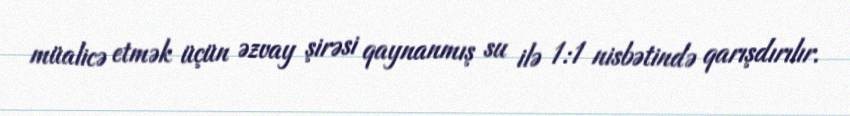
müalicə etmək üçün əzvay şirəsi qaynanmış su ilə 1:1 nisbətində qarışdırılır.